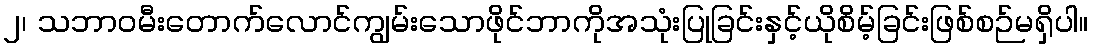
၂၊ သဘာဝမီးတောက်လောင်ကျွမ်းသောဖိုင်ဘာကိုအသုံးပြုခြင်းနှင့်ယိုစိမ့်ခြင်းဖြစ်စဉ်မရှိပါ။